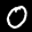
Label: 0